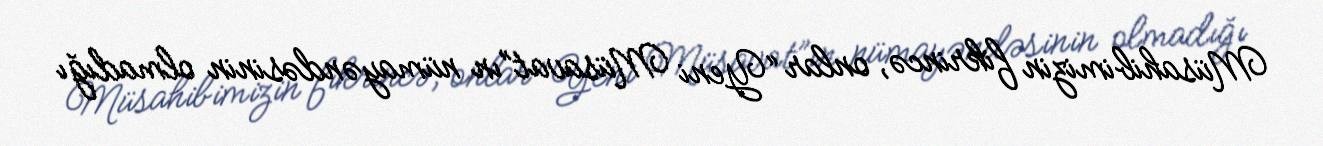
Müsahibimizin fikrincə, onlar “Yeni Müsavat”ın nümayəndəsinin olmadığı